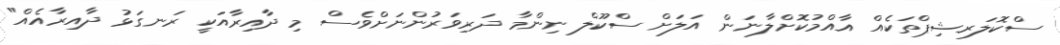
ސްކޮލަރޝިޕްތަކެއް އާއްމުކޮށްލާނަން އަލަށް ސްކޫލް ނިންމާ ދަރިވަރުންނަށްވެސް މި ދާއިރާއަކީ ރަނގަޅު ދާއިރާއެއް"